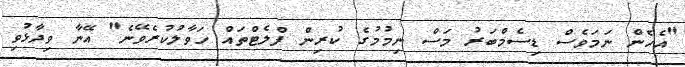
"އެހެން ނަމަވެސް ޑިސެމްބަރު މަސް ނިމުމުގެ ކުރިން ފްލެޓްތައް ހަވާލުކުރެވޭނެ" އޭނާ ވިދާޅުވި